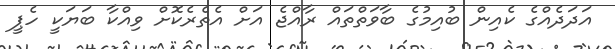
އަދަދެއްގެ ކެއިން ބުއިމުގެ ބާވަތްތައް ރާއްޖެ އަށް އެތެރެކޮށް ވިއްކާ ބަޔަކީ ހެޕީ